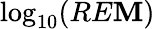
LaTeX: \log_{{10}}(RE\mathbf{M})